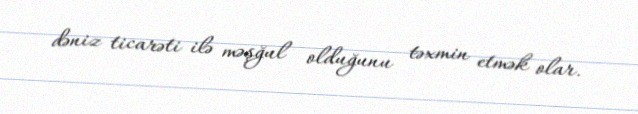
dəniz ticarəti ilə məşğul olduğunu təxmin etmək olar.